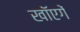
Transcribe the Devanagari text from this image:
खाॅएगें